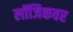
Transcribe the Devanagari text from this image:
लॉजिकवर